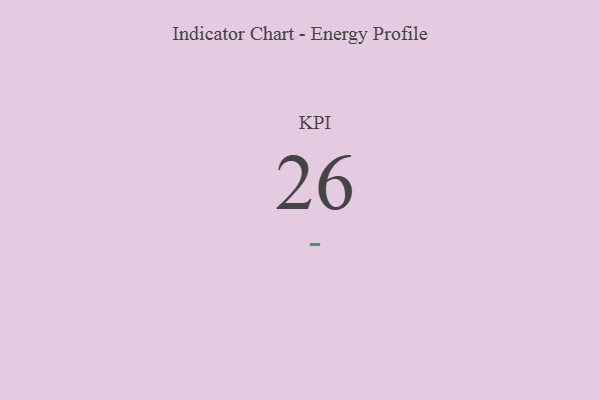
{"axis": {"x": "KPI", "y": "Value"}, "legend": [""], "data": [{"x": "KPI", "y": 26, "type": ""}]}